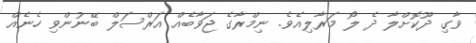
ވާގި ދޫކޮށްލާ ދެ ލޯ މަރާލިއެވެ. ނިމްރާގެ ޖަވާބެއް އަރްސަލް ބޭނުންވި ހެނެއް